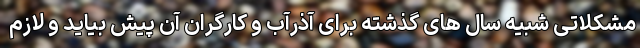
مشکلاتی شبیه سال های گذشته برای آذرآب و کارگران آن پیش بیاید و لازم